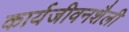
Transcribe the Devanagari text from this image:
कार्यजीवनशैली